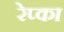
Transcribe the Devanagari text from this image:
रेप्का